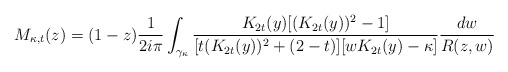
\begin{align*}M_{\kappa,t}(z) = (1-z) \frac{1}{2i\pi}\int_{\gamma_{\kappa}} \frac{K_{2t}(y)[(K_{2t}(y))^2-1]}{[t(K_{2t}(y))^2 + (2-t)][wK_{2t}(y) - \kappa]}\frac{dw}{R(z,w)}\end{align*}